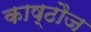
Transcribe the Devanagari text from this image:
काष्ठौज